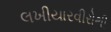
લખીયારવીરોથી